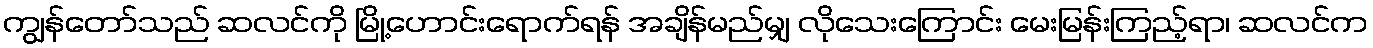
ကျွန်တော်သည် ဆလင်ကို မြို့ဟောင်းရောက်ရန် အချိန်မည်မျှ လိုသေးကြောင်း မေးမြန်းကြည့်ရာ၊ ဆလင်က